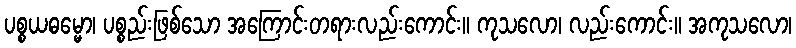
ပစ္စယဓမ္မော၊ ပစ္စည်းဖြစ်သော အကြောင်းတရားလည်းကောင်း။ ကုသလော၊ လည်းကောင်း။ အကုသလော၊